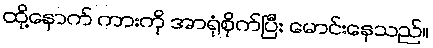
ထို့နောက် ကားကို အာရုံစိုက်ပြီး မောင်းနေသည်။